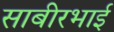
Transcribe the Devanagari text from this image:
साबीरभाई